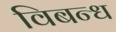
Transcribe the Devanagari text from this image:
विबन्ध